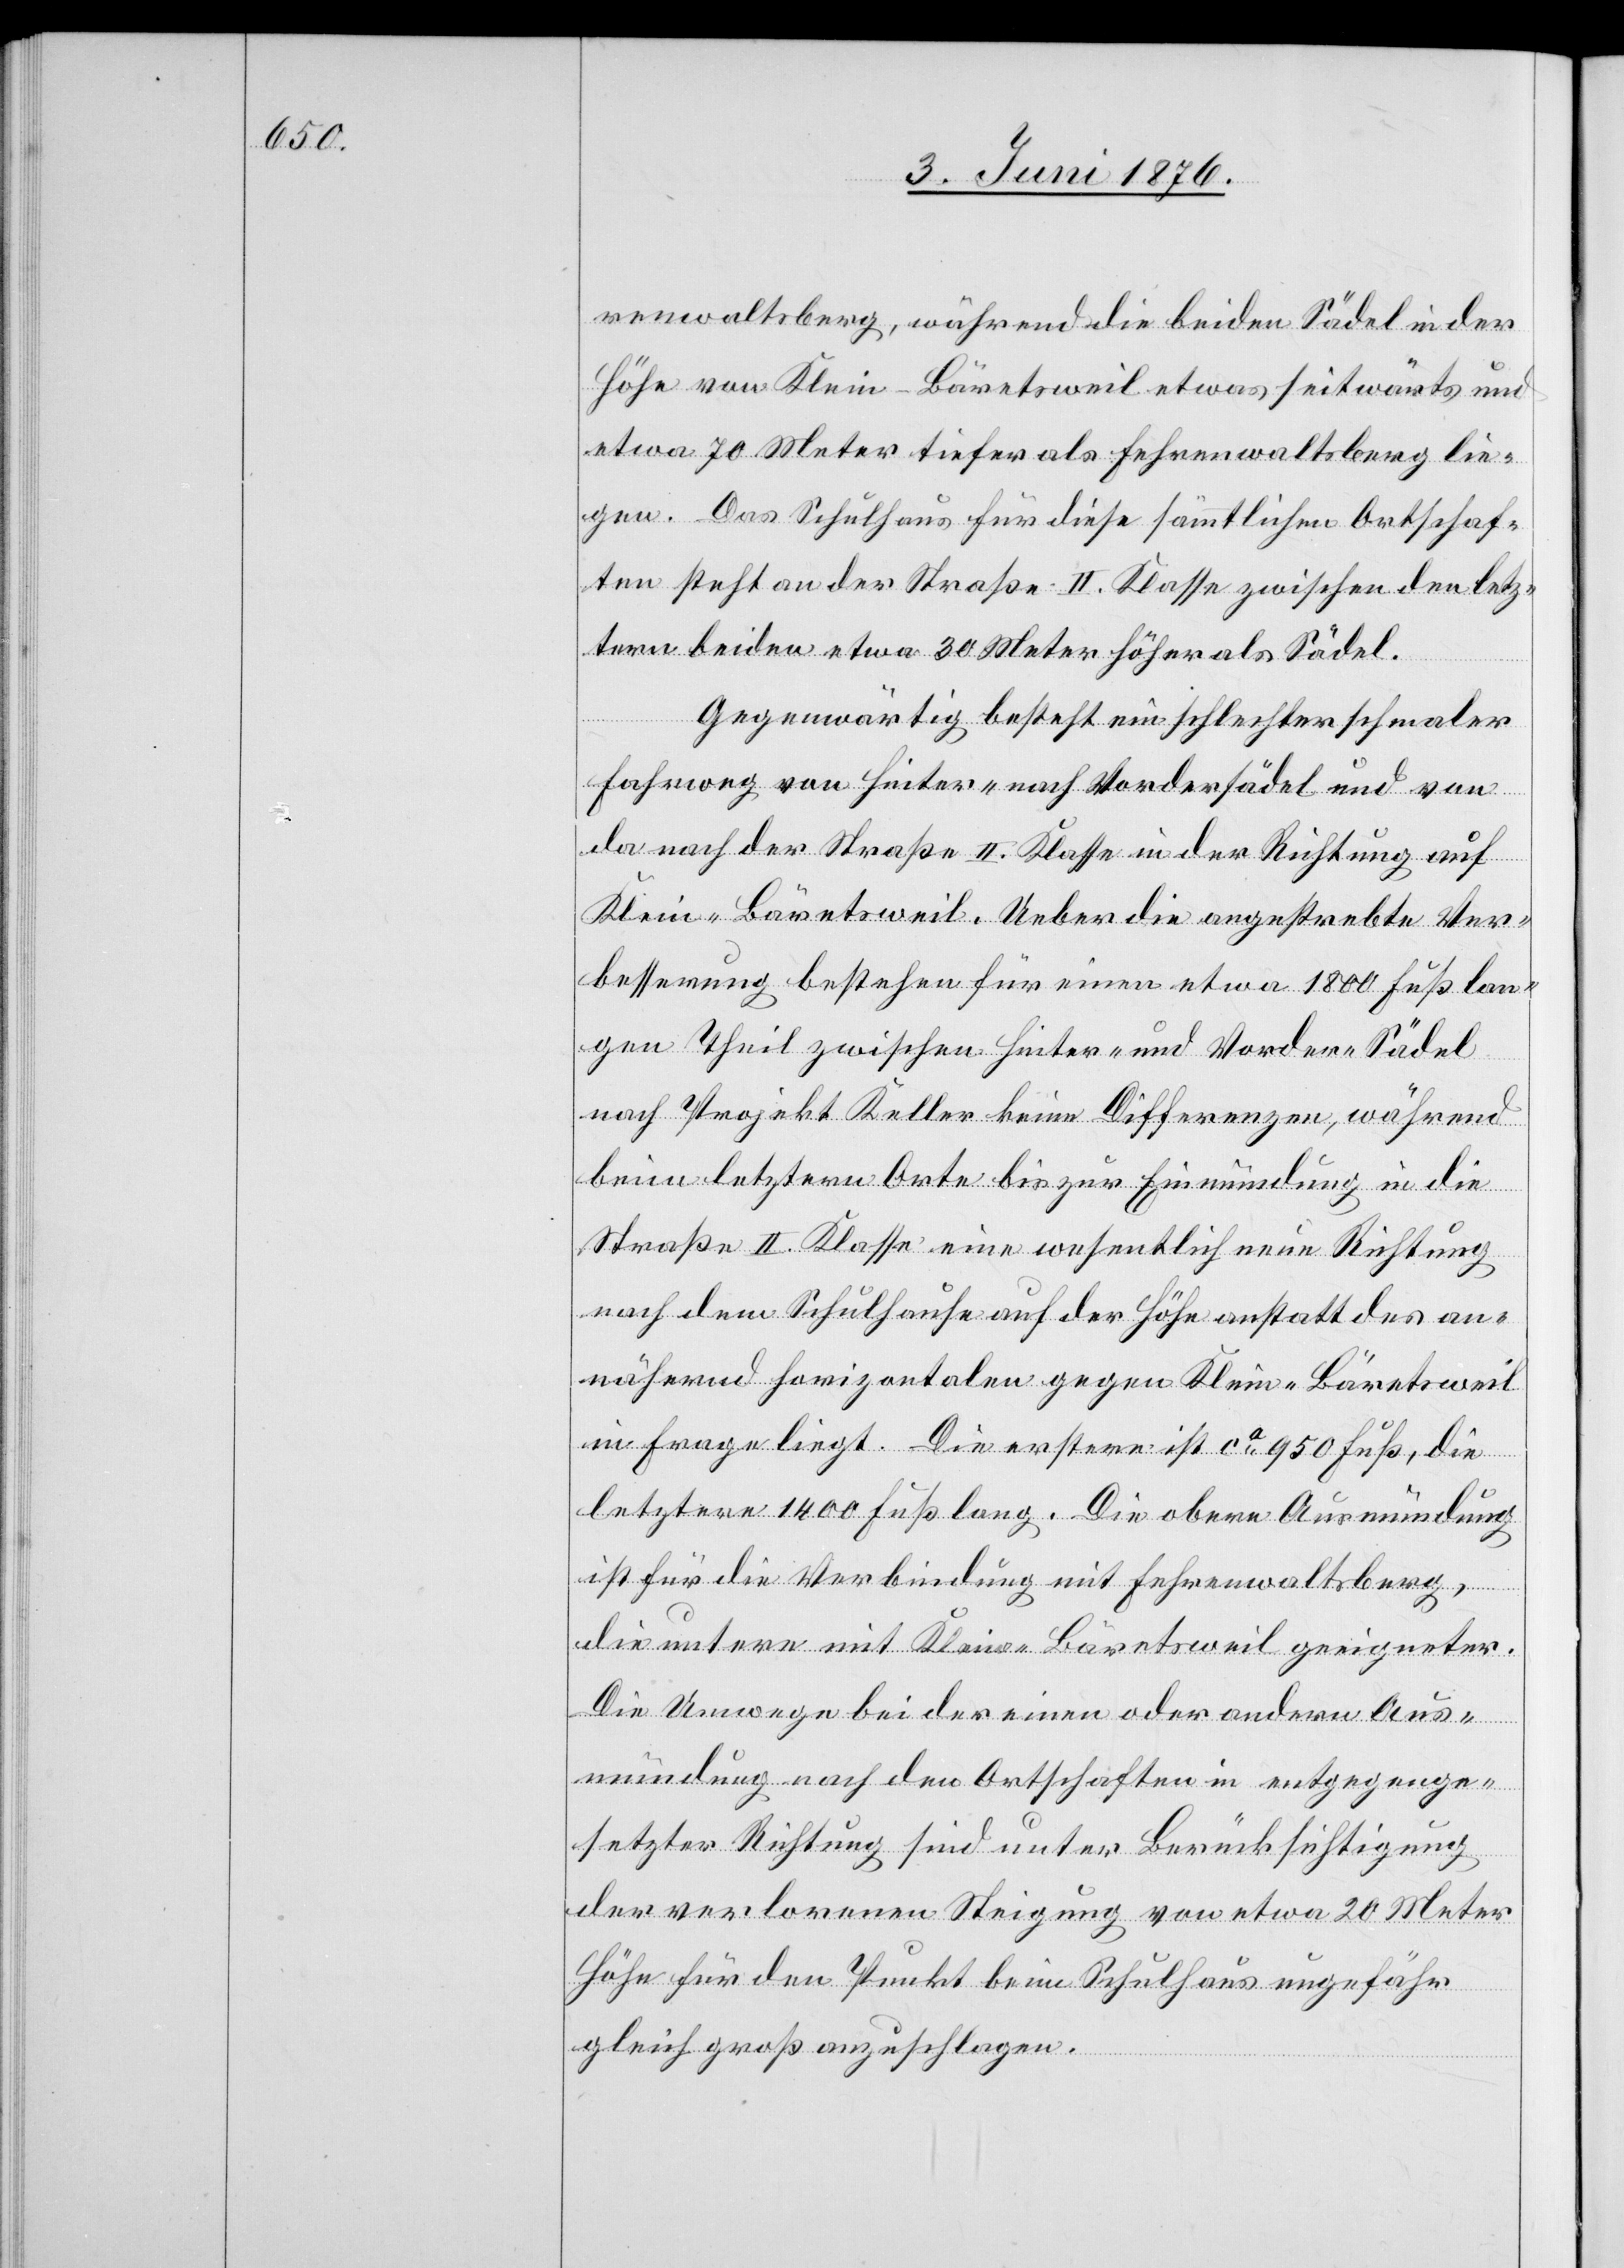
renwalts, während die beiden Sädel in der
Höhe von Klein-Bäretsweil etwas seitwärts und
etwa 70 Meter tiefer als Fehrenwaltsberg lie¬
gen. Das Schulhaus für diese sämmtlichen Ortschaf¬
ten steht an der Straße II. Klasse zwischen den letz¬
tern beiden etwa 30 Meter höher als Sädel.
Gegenwärtig besteht ein schlechter schmaler
Fahrweg von Hinter- nach Vordersädel und von
da nach der Straße II. Klasse in der Richtung auf
Klein-Bäretsweil. Ueber die angestrebte Ver¬
besserung bestehen für einen etwa 1800 Fuß lan¬
gen Theil zwischen Hinter- und Vorder-Sädel
nach Projekt Keller keine Differenzen, während
beim letzten Orte bis zur Einmündung in die
Straße II. Klasse eine wesentlich neue Richtung
nach dem Schuljause auf der Höhe anstatt des an¬
nähernd horizontalen gegen Klein-Bäretsweil
in Frage liegt. Die Erstere ist ca 950 Fuß, die
letztere 1400 Fuß lang. Die obere Ausmündung
ist für die Verbindung mit Fehrenwaltsberg,
die untere mit Klein-Bäretsweil geeigneter.
Die Umwege bei der einen oder andern Aus¬
mündung nach den Ortschaften in entgegenge¬
setzter Richtung sind unter Berücksichtigung
der verlorenen Steigung von etwa 20 Meter
Höhe für den Punkt beim Schulhaus ungefähr
gleich groß anzuschlagen.